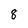
Character: 8